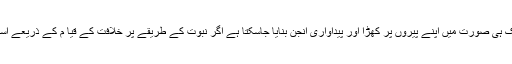
پاکستان کی معیشت کو صرف ایک ہی صورت میں اپنے پیروں پر کھڑا اور پیداواری انجن بنایا جاسکتا ہے اگر نبوت کے طریقے پر خلافت کے قیا م کے ذریعے اسلام کا معاشی نظام نافذ کیا جائے۔